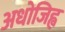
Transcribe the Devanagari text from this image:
अधोजिह्व